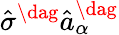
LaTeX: \hat{\sigma}^{\dag}\hat{a}_{\alpha}^{\dag}